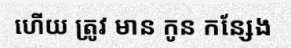
ហើយ ត្រូវ មាន កូន កន្សែង